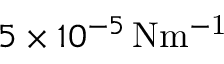
5 \times 1 0 ^ { - 5 } \, \mathrm { { N m ^ { - 1 } } }